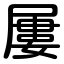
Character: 屢